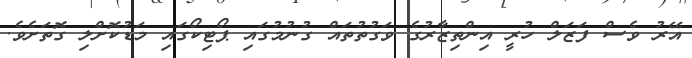
އޭރު ވެސް ފަޒަލް ހުރީ އިންތިޒާރުގެ ވަގުތުތައް ގުނުމުގައި ޕޯޓިކޯގައި މަޑުކޮށްލި ގޮތަށެވެ.